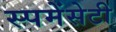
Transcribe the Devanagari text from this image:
स्पमेंसेटी